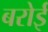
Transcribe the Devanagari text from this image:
बरोई